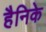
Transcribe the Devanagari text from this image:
हैनिके